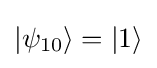
|\psi _{10}\rangle =|1\rangle